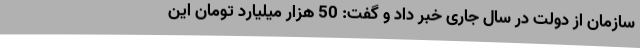
سازمان از دولت در سال جاری خبر داد و گفت: 50 هزار میلیارد تومان این